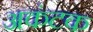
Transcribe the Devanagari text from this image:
अकंटक